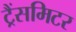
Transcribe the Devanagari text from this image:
ट्रैंसमिटर